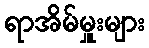
ရာအိမ်မှူးများ